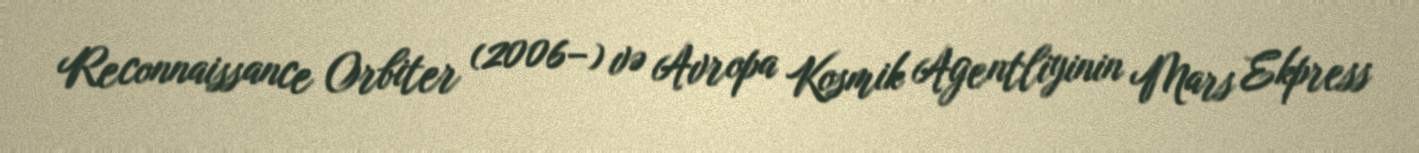
Reconnaissance Orbiter (2006–) və Avropa Kosmik Agentliyinin Mars Ekpress